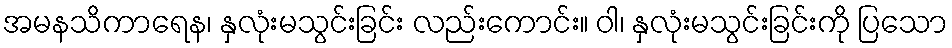
အမနသိကာရေန၊ နှလုံးမသွင်းခြင်း လည်းကောင်း။ ဝါ၊ နှလုံးမသွင်းခြင်းကို ပြသော